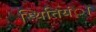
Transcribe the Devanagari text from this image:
स्थितियंा